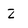
Character: Z